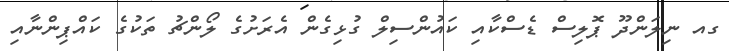
ގއ ނިލަންދޫ ޕޮލިސް ޑެސްކާއި ކައުންސިލް ގުޅިގެން އެރަށުގެ ލޯންޗު ތަކުގެ ކައްޕިންނާއި